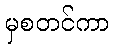
မှစတင်ကာ